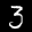
Label: 3